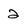
Character: 2